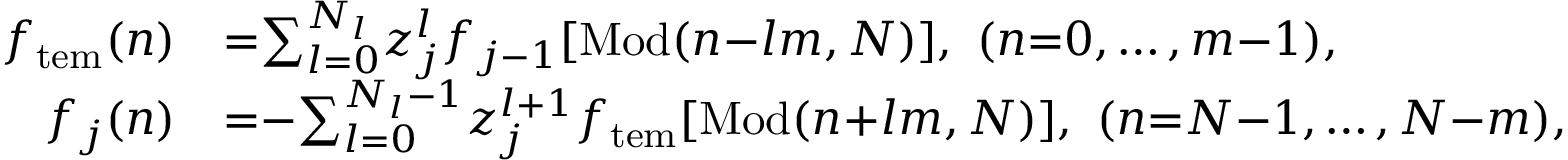
\begin{array} { r l } { f _ { \mathrm { t e m } } ( n ) } & { { } { = } { \sum _ { l = 0 } ^ { N _ { l } } } z _ { j } ^ { l } f _ { j - 1 } [ \mathrm { M o d } ( n { - } l m , N ) ] , \ ( n { = } 0 , \ldots , m { - } 1 ) , } \\ { f _ { j } ( n ) } & { { } { = } { - } { \sum _ { l = 0 } ^ { N _ { l } - 1 } } z _ { j } ^ { l { + } 1 } f _ { \mathrm { t e m } } [ \mathrm { M o d } ( n { + } l m , N ) ] , \ ( n { = } N { - } 1 , \ldots , N { - } m ) , } \end{array}